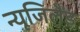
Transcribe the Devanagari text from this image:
न्यूजिलैंड